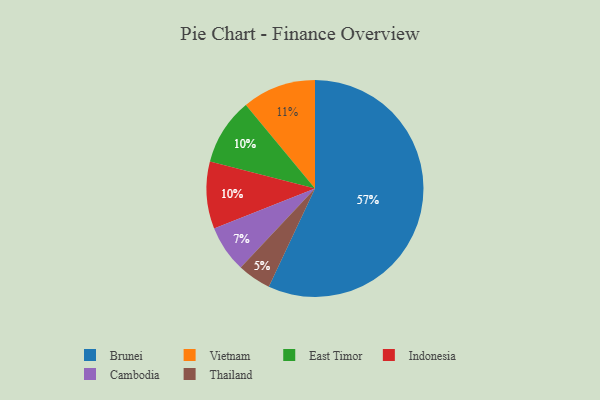
{"axis": {"x": "Category", "y": "Percentage"}, "legend": ["Brunei", "Cambodia", "East Timor", "Indonesia", "Thailand", "Vietnam"], "data": [{"x": "Brunei", "y": 57, "type": "Brunei"}, {"x": "Thailand", "y": 5, "type": "Thailand"}, {"x": "Cambodia", "y": 7, "type": "Cambodia"}, {"x": "East Timor", "y": 10, "type": "East Timor"}, {"x": "Indonesia", "y": 10, "type": "Indonesia"}, {"x": "Vietnam", "y": 11, "type": "Vietnam"}]}